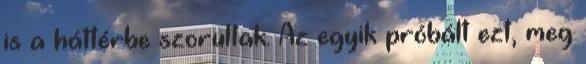
is a háttérbe szorultak. Az egyik próbált ezt, meg